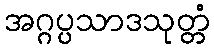
အဂ္ဂပ္ပသာဒသုတ္တံ